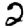
Digit: 2